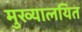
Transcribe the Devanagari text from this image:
मुख्यालयित